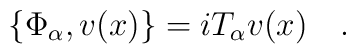
\{\Phi_\alpha, v(x)\} = iT_\alpha v(x)\quad.